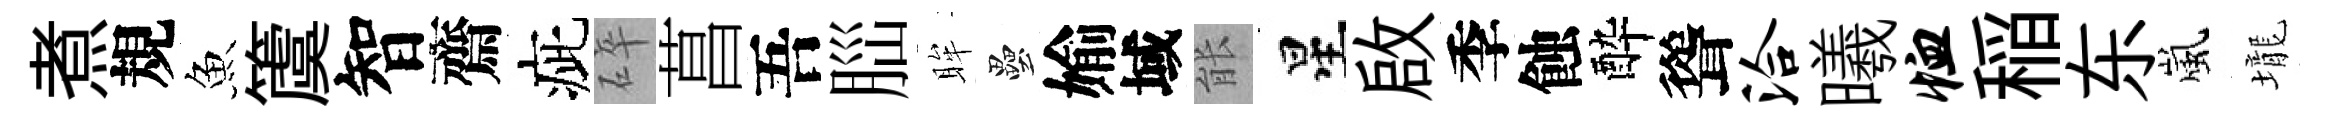
煮規魚𥵂智齋疵碎菖吾𦛁眸壘媮域䏻星啟季蝕酔聳洽曦恤稲东嵐壠